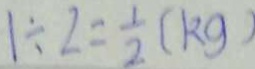
1 \div 2 = \frac { 1 } { 2 } ( k g )